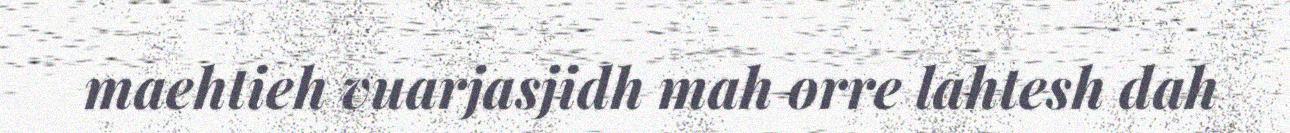
maehtieh vuarjasjidh mah orre lahtesh dah